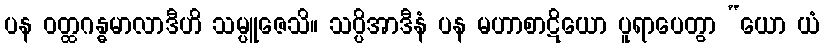
ပန ဝတ္ထဂန္ဓမာလာဒီဟိ သမ္ပူဇေသိ။ သပ္ပိအာဒီနံ ပန မဟာစာဋိယော ပူရာပေတွာ “ယော ယံ